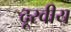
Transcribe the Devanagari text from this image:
दूरवीय